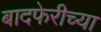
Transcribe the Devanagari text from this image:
बादफेरीच्या